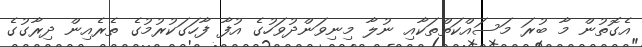
އެގޮތުން މާ ބުރަ މަސައްކަތްތަކާއި ނުލާ މިނިވަންދުވަހުގެ އުފާ ފާހަގަކުރުމުގެ ތެރެއިން ދިރާގުގެ